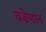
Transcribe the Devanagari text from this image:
वज्रेणान